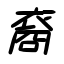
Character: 裔